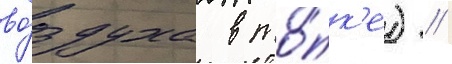
во́здуха в то́пк'е) /